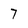
Character: 7